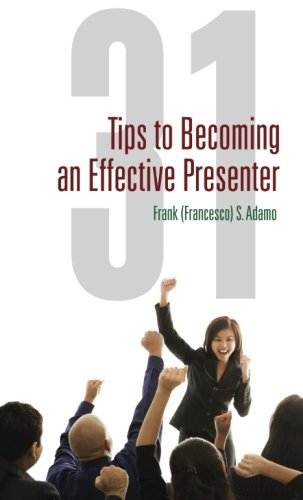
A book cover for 31 Tips to Becoming an Effective Presenter; Frank (Francesco) S. Adamo; Reference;